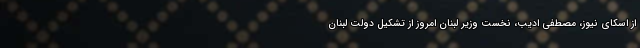
از اسکای نیوز، مصطفی ادیب، نخست وزیر لبنان امروز از تشکیل دولت لبنان